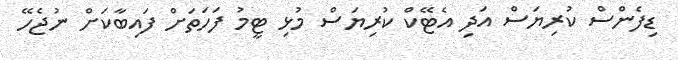
ޑިފެންސް ކުރިޔަސް އަދި އެޓޭކް ކުރިޔަސް މުޅި ޓީމު ފަހަތަށް ފައިބާކަށް ނުޖެހޭ